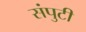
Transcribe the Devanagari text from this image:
संपुटी